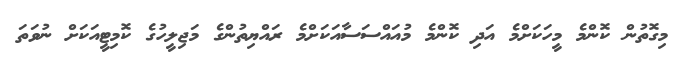
މިގޮތުން ކޮންމެ މީހަކަށްމެ އަދި ކޮންމެ މުއައްސަސާއަކަށްމެ ރައްޔިތުންގެ މަޖިލީހުގެ ކޮމިޓީއަކަށް ނުވަތަ